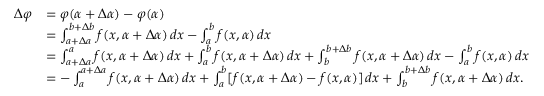
{ \begin{array} { r l } { \Delta \varphi } & { = \varphi ( \alpha + \Delta \alpha ) - \varphi ( \alpha ) } \\ & { = \int _ { a + \Delta a } ^ { b + \Delta b } f ( x , \alpha + \Delta \alpha ) \, d x - \int _ { a } ^ { b } f ( x , \alpha ) \, d x } \\ & { = \int _ { a + \Delta a } ^ { a } f ( x , \alpha + \Delta \alpha ) \, d x + \int _ { a } ^ { b } f ( x , \alpha + \Delta \alpha ) \, d x + \int _ { b } ^ { b + \Delta b } f ( x , \alpha + \Delta \alpha ) \, d x - \int _ { a } ^ { b } f ( x , \alpha ) \, d x } \\ & { = - \int _ { a } ^ { a + \Delta a } f ( x , \alpha + \Delta \alpha ) \, d x + \int _ { a } ^ { b } [ f ( x , \alpha + \Delta \alpha ) - f ( x , \alpha ) ] \, d x + \int _ { b } ^ { b + \Delta b } f ( x , \alpha + \Delta \alpha ) \, d x . } \end{array} }